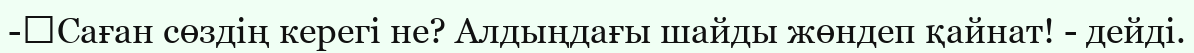
-	Саған сөздің керегі не? Алдыңдағы шайды жөндеп қайнат! - дейді.